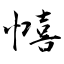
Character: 憘